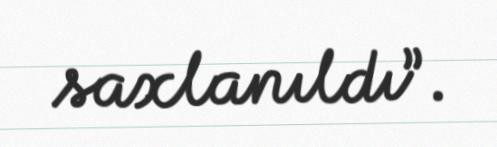
saxlanıldı”.